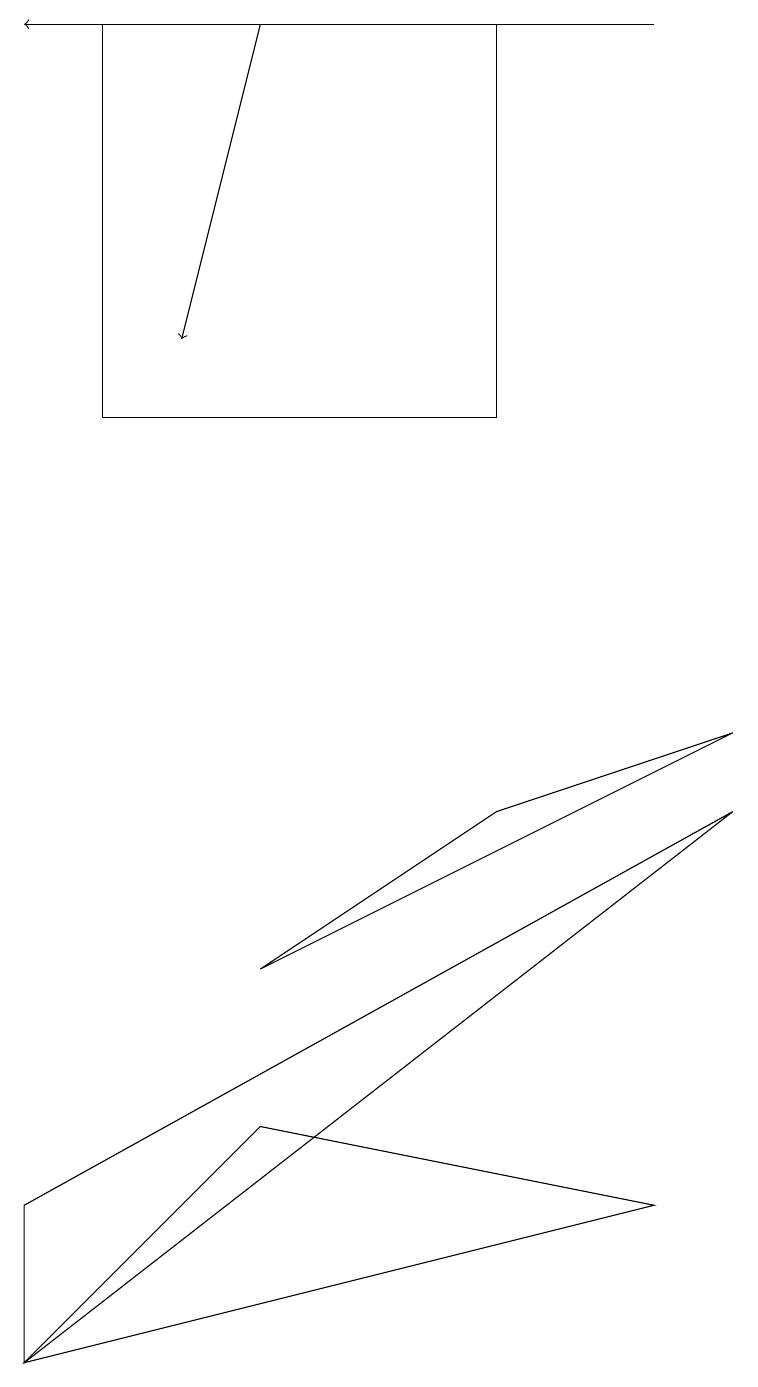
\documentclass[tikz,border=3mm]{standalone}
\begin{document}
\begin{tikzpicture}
\draw (9,9) -- (6,8) -- (3,6) -- cycle;
\draw (6,18) rectangle (1,13);
\draw (0,3) -- (0,1) -- (9,8) -- cycle;
\draw[->] (8,18) -- (0,18);
\draw[->] (3,18) -- (2,14);
\draw (3,4) -- (8,3) -- (0,1) -- cycle;
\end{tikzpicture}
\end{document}